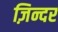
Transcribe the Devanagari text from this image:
ज़िन्दर